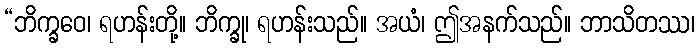
“ဘိက္ခဝေ၊ ရဟန်းတို့။ ဘိက္ခု၊ ရဟန်းသည်။ အယံ၊ ဤအနက်သည်။ ဘာသိတဿ၊